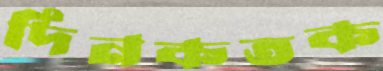
দিনকতক